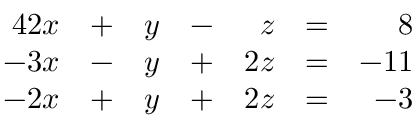
{ \begin{array} { r l r l r l r l } { { 4 } 2 x } & { + } & { y } & { - } & { z } & { = } & { 8 } & { } \\ { - 3 x } & { - } & { y } & { + } & { 2 z } & { = } & { - 1 1 } & { } \\ { - 2 x } & { + } & { y } & { + } & { 2 z } & { = } & { - 3 } & { } \end{array} }